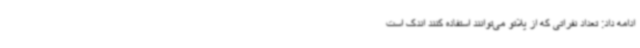
ادامه داد: تعداد نفراتی که از پلاتو می‌توانند استفاده کنند اندک است